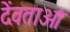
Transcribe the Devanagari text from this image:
देंवताओं